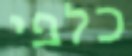
כלפי